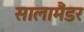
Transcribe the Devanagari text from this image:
सालामैंडर